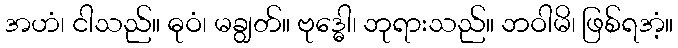
အဟံ၊ ငါသည်။ ဓုဝံ၊ မချွတ်။ ဗုဒ္ဓေါ၊ ဘုရားသည်။ ဘဝါမိ၊ ဖြစ်ရအံ့။